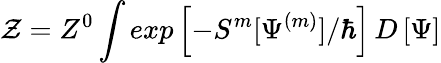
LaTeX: \mathcal{Z}=Z^{0}\int exp\left[-S^{m}[\Psi^{(m)}]/\hbar\right]\, D\left[\Psi\right]